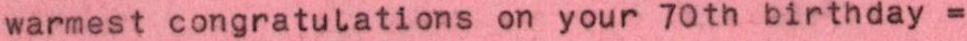
warmest congratulations on your 70th birthday =